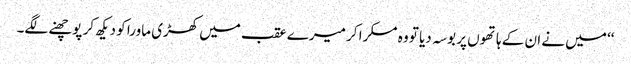
‘‘ میں نے ان کے ہاتھوں پر بوسہ دیا تو وہ مسکرا کر میرے عقب میں کھڑی ماورا کو دیکھ کر پوچھنے لگے۔